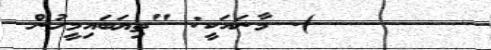
). މާނައަކީ: "ތިޔަބައިމީހުން